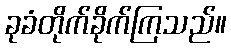
ခုခံတိုက်ခိုက်ကြသည်။